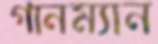
গানম্যান